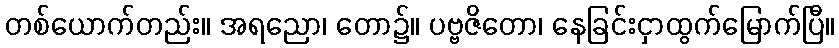
တစ်ယောက်တည်း။ အရညော၊ တော၌။ ပဗ္ဗဇိတော၊ နေခြင်းငှာထွက်မြောက်ပြီ။